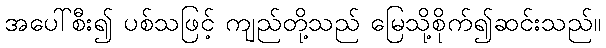
အပေါ်စီး၍ ပစ်သဖြင့် ကျည်တို့သည် မြေသို့စိုက်၍ဆင်းသည်။